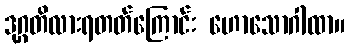
ဒုဂ္ဂတိလားရတတ်ကြောင်း ဟောသောဂါထာ။